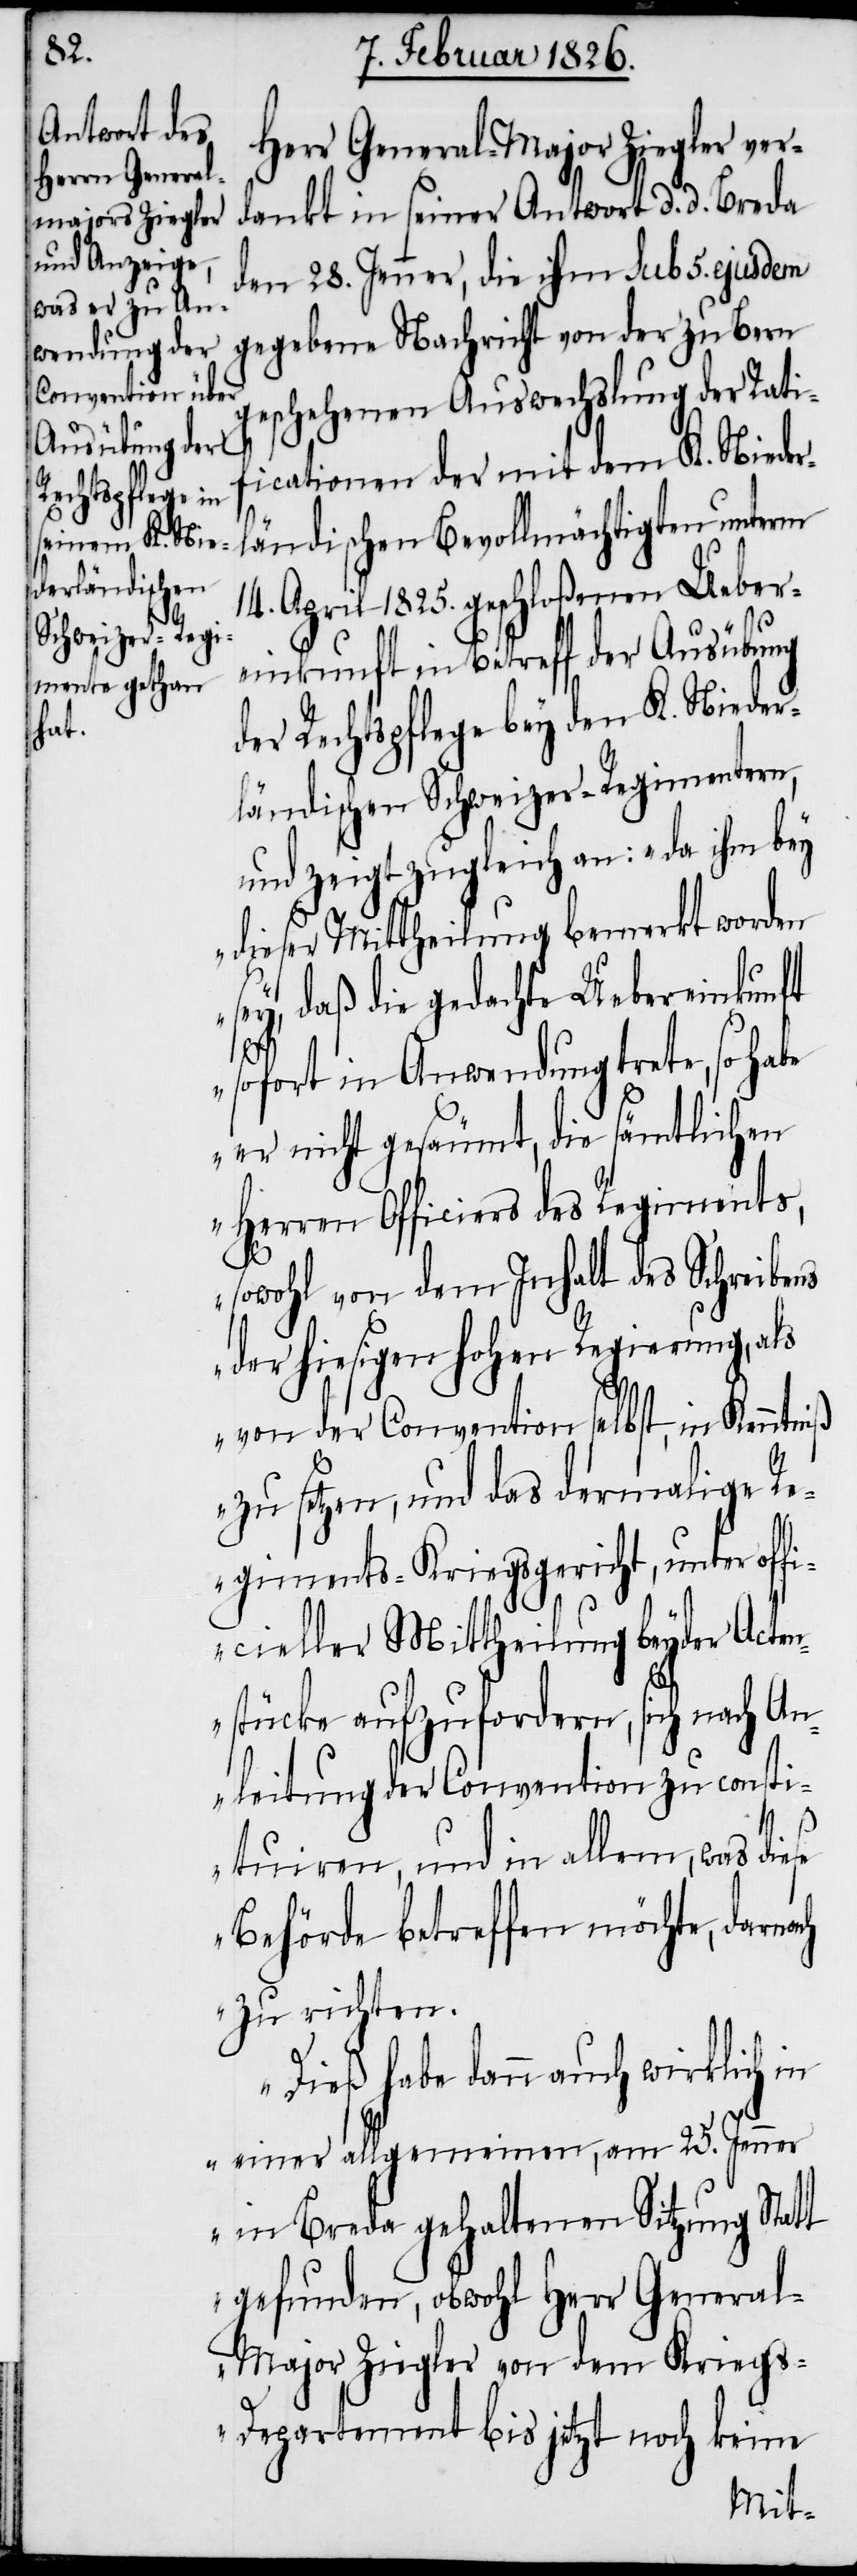
Herr General-Major Ziegler ver¬
dankt in seiner Antwort d. d. Breda
den 28. Jenner, die ihm sub 5. ejusdem
gegebene Nachricht von der zu Bern
eschehenen Auswechslung der Rati¬
ficationen der mit dem K. Nieder¬
ländischen Bevollmächtigten unterm
14. April 1825. geschloßenen Ueber¬
einkunft in Betreff der Ausübung
der Rechtspflege bey den K. Nieder¬
ländischen Schweizer-Regimentern,
und zeigt zugleich an: „da ihm bey
dieser Mittheilung bemerkt worden
sey, daß die gedachte Uebereinkunft
g¬
sofort in Anwendung trete, so habe
er nicht gesäumt, die sämtlichen
Herren Officiers des Regiments,
sowohl von dem Inhalt des Schreibens
der hiesigen hohen Regierung, als
von der Convention selbst, in Kenntniß
zu setzen, und das dermalige R¬
egiments-Kriegsgericht, unter offi¬
cieller Mittheilung beyder Acten¬
stücke aufzufordern, sich nach An¬
leitung der Convention zu consti¬
tuiren, und in allem, was diese
Behörde betreffen möchte, danach
zu richten.
Dieß habe dann auch wirklich in
einer allgemeinen, am 25. Jenner
in Breda gehaltenen Sitzung Statt
gefunden, obwohl Herr Genera¬
l-Major Ziegler von dem Krieg¬
s-Departement bis jetzt noch keine